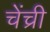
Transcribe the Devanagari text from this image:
चेंच्री